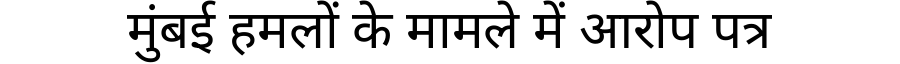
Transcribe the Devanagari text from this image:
मुंबई हमलों के मामले में आरोप पत्र